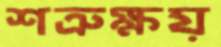
শত্রুক্ষয়